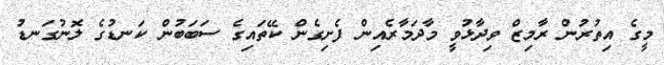
މީގެ އިތުރުން ރާމިޒް ވިދާޅުވީ މާދަމާރެއިން ފެށިގެން ކޭތައިގެ ސަބަބުން ކަނޑުގެ ލޮނުގަނޑު